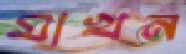
মাখন